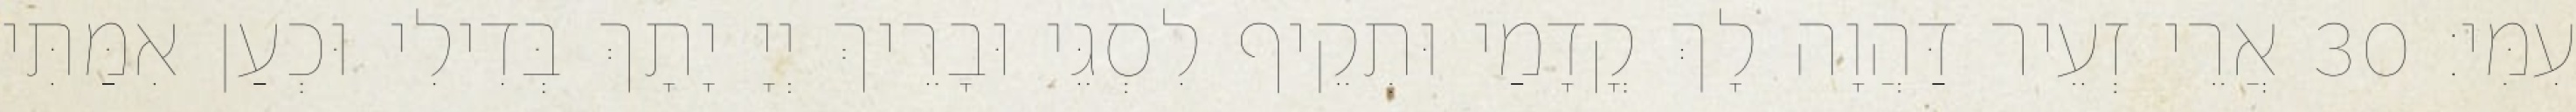
עִמִּי׃ 30 אֲרֵי זְעֵיר דַּהֲוָה לָךְ קֳדָמַי וּתְקֵיף לִסְגֵּי וּבָרֵיךְ יְיָ יָתָךְ בְּדִילִי וּכְעַן אִמַּתִּי